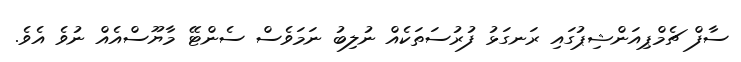
ސާފް ޗެމްޕިއަންޝިޕުގައި ރަނގަޅު ފުރުސަތަކެއް ނުލިބު ނަމަވެސް ސެންޓޭ މާޔޫސްއެއް ނުވެ އެވެ.